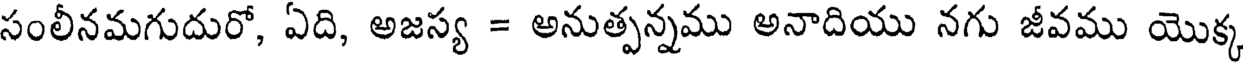
సంలీనమగుదురో, ఏది, అజస్య = అనుత్పన్నము అనాదియు నగు జీవము యొక్క